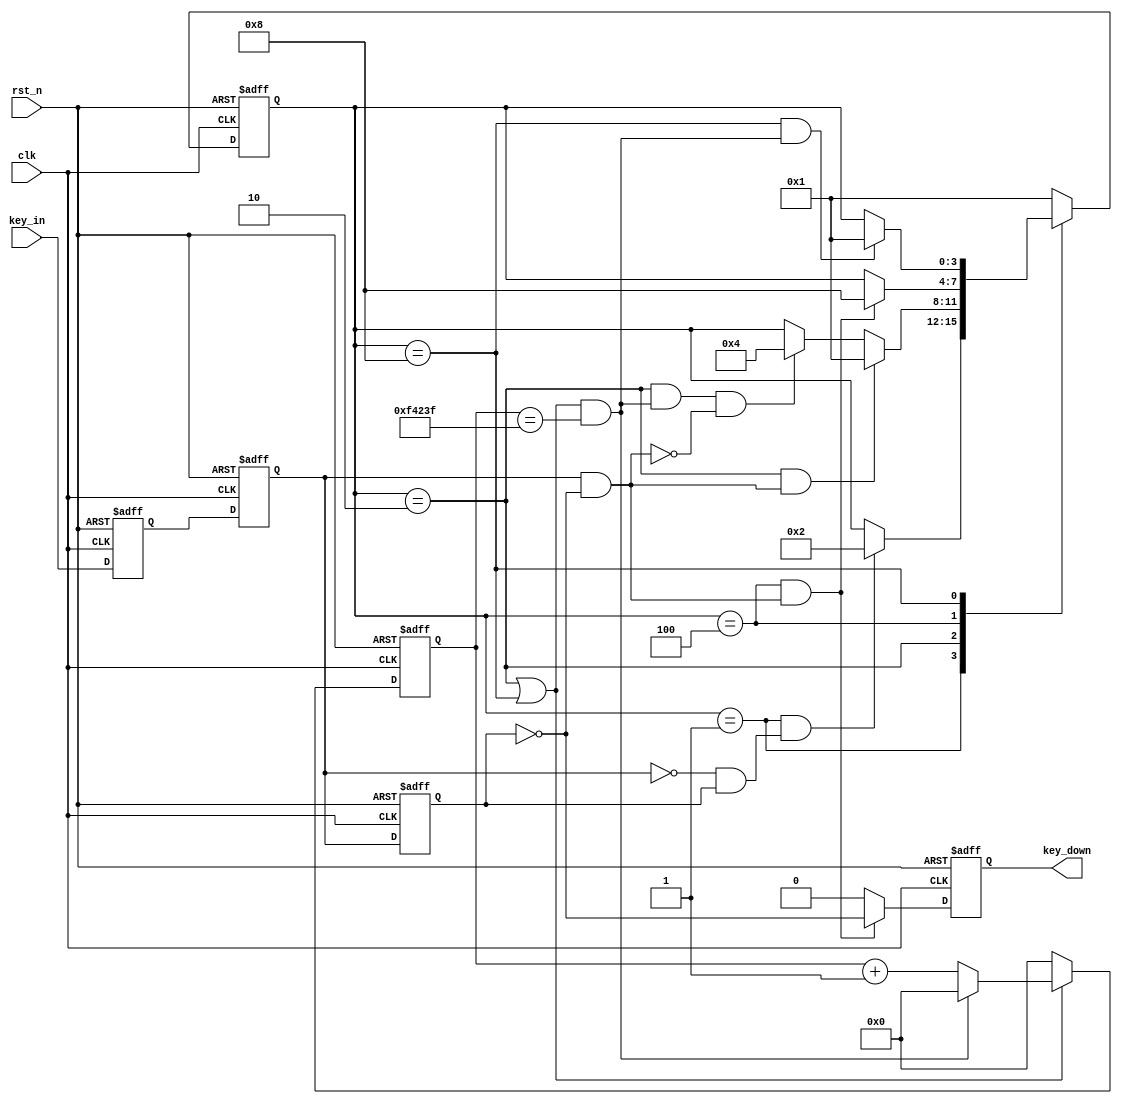
module key_filter #(
    parameter   DELAY_20MS =  20'd100_0000,
                KEY_W      =  1 
) (
    input				            clk		,
    input				            rst_n	, 
    input      [KEY_W-1:0]  key_in  ,  
    output reg [KEY_W-1:0]  key_down        
);

//
localparam     IDLE        = 4'b0001; 
localparam     FILTER_DOWN = 4'b0010; 
localparam     HOLD_DOWN   = 4'b0100; 
localparam     FILTER_UP   = 4'b1000;  

wire       idle2filter_down     ;
wire       filter_down2idle     ;
wire       filter_down2hold_down;
wire       hold_down2filter_up  ;
wire       filter_up2idle       ;


reg  [3:0]        state_c    ;//
reg  [3:0]        state_n    ;//

reg  [19:0]       cnt        ;//20ms
wire              add_cnt    ;
wire              end_cnt    ;

reg  [KEY_W-1:0]  key_in_r0;
reg  [KEY_W-1:0]  key_in_r1;
reg  [KEY_W-1:0]  key_in_r2;


wire [KEY_W-1:0]  n_edge    ;
wire [KEY_W-1:0]  p_edge    ;

//
always @(posedge clk or negedge rst_n)begin 
    if(!rst_n)begin
        key_in_r0 <= {KEY_W{1'b1}};
        key_in_r1 <= {KEY_W{1'b1}};
        key_in_r2 <= {KEY_W{1'b1}};
    end 
    else begin 
        key_in_r0 <= key_in;
        key_in_r1 <= key_in_r0;
        key_in_r2 <= key_in_r1;
    end 
end

assign     n_edge = ~key_in_r1 & key_in_r2 ;
assign     p_edge = key_in_r1 & ~key_in_r2 ; 

//3
//,
always @(posedge clk or negedge rst_n)begin 
    if(!rst_n)begin
        state_c <= IDLE;
    end 
    else begin 
        state_c <= state_n;
    end 
end

//
always @(*)begin 
    case(state_c)
        IDLE : begin
          if(idle2filter_down)begin
            state_n = FILTER_DOWN;
          end
          else begin
            state_n = state_c;
          end
        end
        FILTER_DOWN : begin
          if(filter_down2idle)begin
            state_n = IDLE;
          end
          else if(filter_down2hold_down) begin
            state_n = HOLD_DOWN;
          end
          else begin
            state_n = state_c;
          end
        end
        HOLD_DOWN : begin
          if(hold_down2filter_up)begin
            state_n = FILTER_UP;
          end
          else begin
            state_n = state_c;
          end
        end
        FILTER_UP : begin
          if(filter_up2idle)begin
            state_n = IDLE;
          end
          else begin
            state_n = state_c;
          end
        end
        default : state_n = IDLE;
    endcase
end

assign       idle2filter_down      = (state_c == IDLE       ) && (n_edge            );
assign       filter_down2idle      = (state_c == FILTER_DOWN) && (p_edge            );
assign       filter_down2hold_down = (state_c == FILTER_DOWN) && end_cnt && (!p_edge);
assign       hold_down2filter_up   = (state_c == HOLD_DOWN  ) && (p_edge            );
assign       filter_up2idle        = (state_c == FILTER_UP  ) && (end_cnt           );

always @(posedge clk or negedge rst_n)begin 
   if(!rst_n)begin
        cnt <= 0;
    end 
    else if(add_cnt)begin 
            if(end_cnt)begin 
                cnt <= 0;
            end
            else begin 
                cnt <= cnt + 1;
            end 
    end
   else  begin
       cnt <= 0;
    end
end 

assign add_cnt = (state_c == FILTER_DOWN) || (state_c == FILTER_UP);
assign end_cnt = add_cnt && cnt == DELAY_20MS - 1'b1;

//
always @(posedge clk or negedge rst_n)begin 
  if(!rst_n)begin
    key_down <= {KEY_W{1'b0}};
  end 
  else if(hold_down2filter_up)begin //
    key_down <= ~key_in_r2; 
  end 
  else begin 
    key_down <= {KEY_W{1'b0}};
  end 
end

endmodule